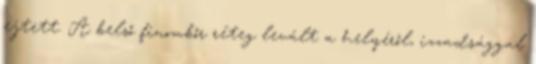
ejtett. A belső finombőr réteg levált a helyéről, izzadsággal